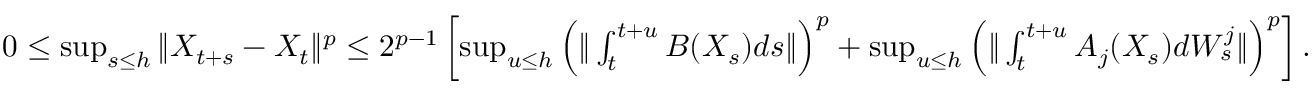
\begin{array} { r } { 0 \leq \operatorname* { s u p } _ { s \leq h } \| X _ { t + s } - X _ { t } \| ^ { p } \leq 2 ^ { p - 1 } \left[ \operatorname* { s u p } _ { u \leq h } \left( \| \int _ { t } ^ { t + u } B ( X _ { s } ) d s \| \right) ^ { p } + \operatorname* { s u p } _ { u \leq h } \left( \| \int _ { t } ^ { t + u } A _ { j } ( X _ { s } ) d W _ { s } ^ { j } \| \right) ^ { p } \right] . } \end{array}